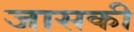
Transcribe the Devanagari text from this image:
जासकी